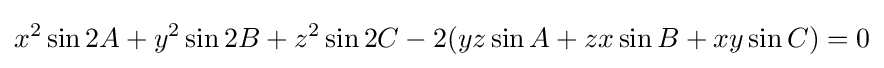
x^{2}\sin 2A+y^{2}\sin 2B+z^{2}\sin 2C-2(yz\sin A+zx\sin B+xy\sin C)=0